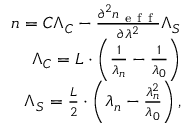
\begin{array} { r } { n = C \Lambda _ { C } - \frac { \partial ^ { 2 } n _ { \mathrm { ~ e ~ f ~ f ~ } } } { \partial \lambda ^ { 2 } } \Lambda _ { S } } \\ { \Lambda _ { C } = L \cdot \left( \frac { 1 } { \lambda _ { n } } - \frac { 1 } { \lambda _ { 0 } } \right) } \\ { \Lambda _ { S } = \frac { L } { 2 } \cdot \left( \lambda _ { n } - \frac { \lambda _ { n } ^ { 2 } } { \lambda _ { 0 } } \right) , } \end{array}